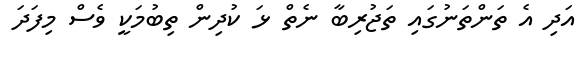
އަދި އެ ތަންތަނުގައި ތަޖުރިބާ ނެތް ޅަ ކުދިން ތިބުމަކީ ވެސް މިފަދަ